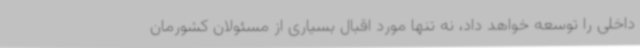
داخلی را توسعه خواهد داد، نه تنها مورد اقبال بسیاری از مسئولان کشورمان